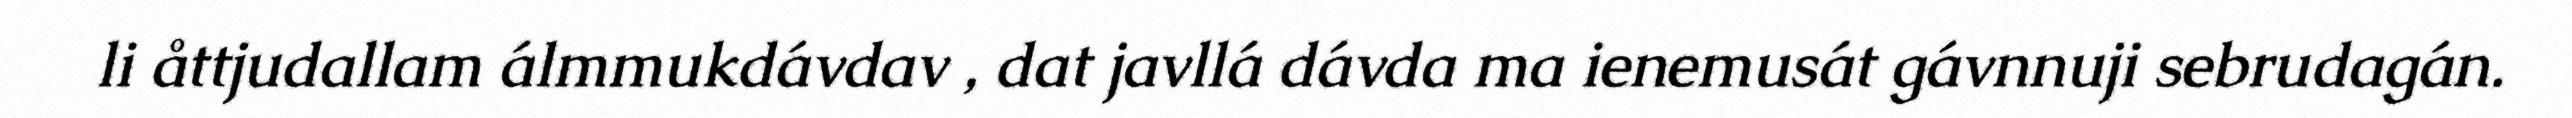
li åttjudallam álmmukdávdav , dat javllá dávda ma ienemusát gávnnuji sebrudagán.